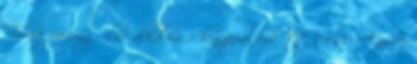
Tube8 piercing, elsö alkalom 5 hónappal ezelőtt 04:00 AnySex